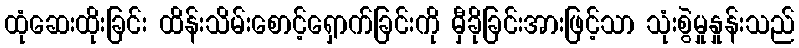
ထုံဆေးထိုးခြင်း ထိန်းသိမ်းစောင့်ရှောက်ခြင်းကို မှီခိုခြင်းအားဖြင့်သာ သုံးစွဲမှုနှုန်းသည်